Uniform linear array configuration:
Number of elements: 8
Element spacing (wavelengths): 1
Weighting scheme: uniform
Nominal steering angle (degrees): -60
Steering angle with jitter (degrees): -58.844
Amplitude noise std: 0.05
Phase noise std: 0.05

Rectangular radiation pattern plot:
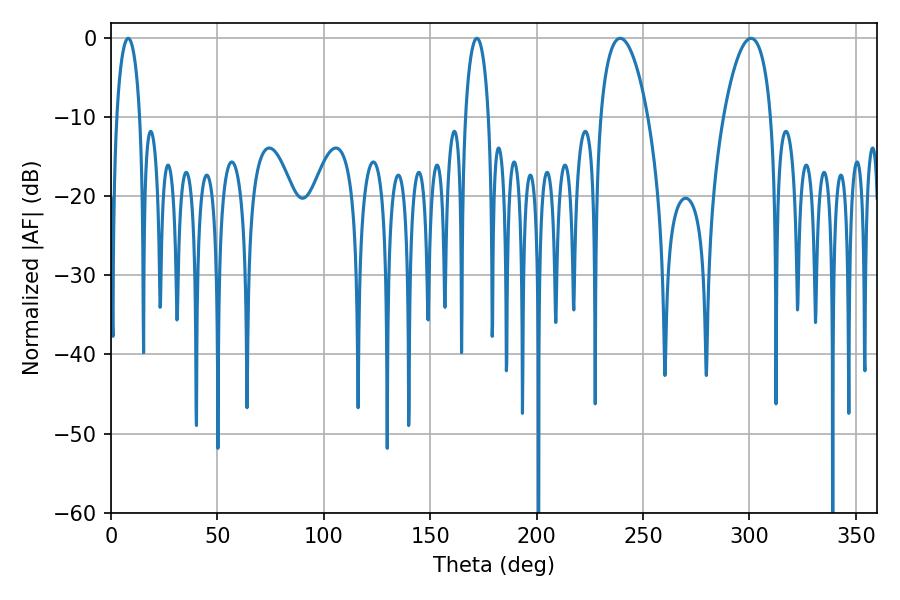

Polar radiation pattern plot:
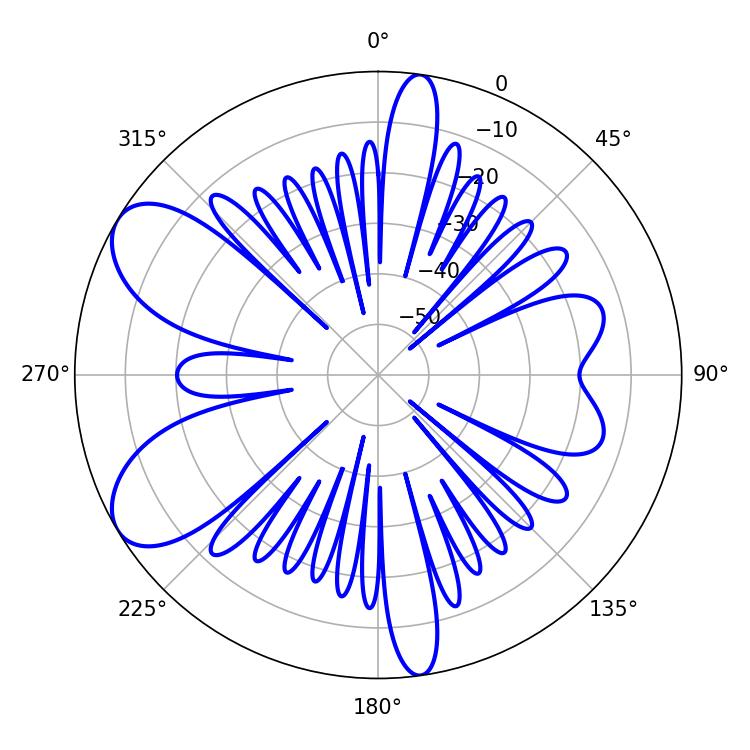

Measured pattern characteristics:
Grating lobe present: TRUE
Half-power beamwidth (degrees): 12.42
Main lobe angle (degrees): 239.22